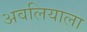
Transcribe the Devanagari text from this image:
अवलियाला